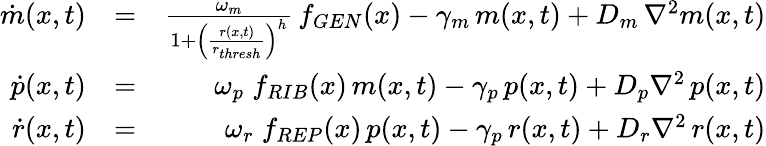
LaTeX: \begin{array}{rlr}{\dot{m}(x,t)}&{=}&{\frac{\omega_{m}}{1+\left(\frac{r(x,t)}{r_{thresh}}\right)^{h}}\, f_{GEN}(x)-\gamma_{m}\, m(x,t)+D_{m}\, \nabla^{2}m(x,t)}\\ {\dot{p}(x,t)}&{=}&{\omega_{p}\; f_{RIB}(x)\, m(x,t)-\gamma_{p}\, p(x,t)+D_{p}\nabla^{2}\, p(x,t)}\\ {\dot{r}(x,t)}&{=}&{\omega_{r}\; f_{REP}(x)\, p(x,t)-\gamma_{p}\, r(x,t)+D_{r}\nabla^{2}\, r(x,t)}\end{array}